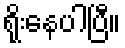
ရိုးနေပါပြီ။